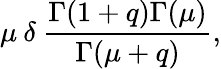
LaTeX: \mu\: \delta\: \frac{\Gamma(1+q)\Gamma(\mu)}{\Gamma(\mu+q)},